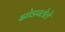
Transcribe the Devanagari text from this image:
झोडपलेले